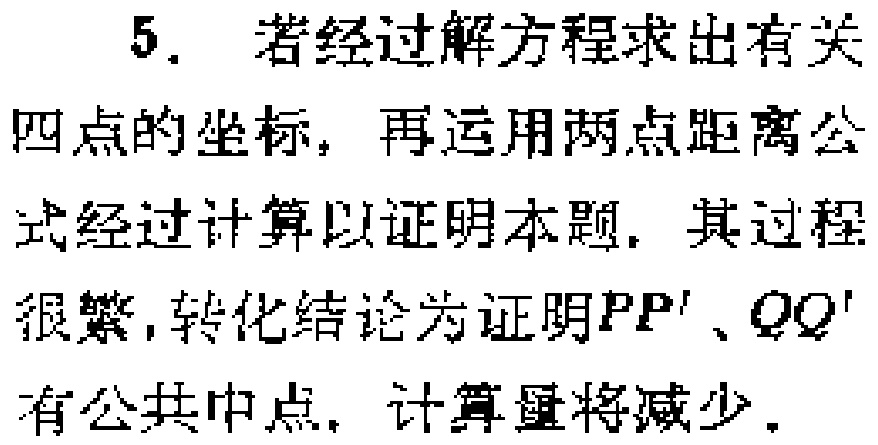
5. 若经过解方程求出有关
四点的坐标，再运用两点距离公
式经过计算以证明本题，其过程
很繁，转化结论为证明\(PP'\)、\(QQ'\)
有公共中点，计算量将减少。